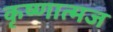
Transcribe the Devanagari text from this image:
कृष्णात्मज